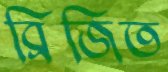
ব্রিজিত